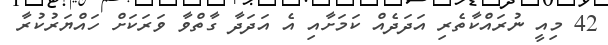
42 މިއީ ނުރައްކާތެރި އަދަދެއް ކަމަށާއި އެ އަދަދާ ގާތްވާ ވަރަކަށް ހައްޔަރުކުރާ